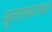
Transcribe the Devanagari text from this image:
सुतारकामात